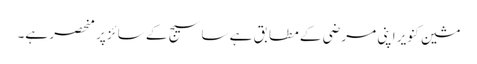
مشین کنویر اپنی مرضی کے مطابق ہے ساسیج کے سائز پر منحصر ہے۔